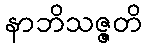
နာဘိသဇ္ဇတိ